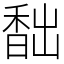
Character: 䭯